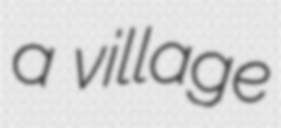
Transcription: a village